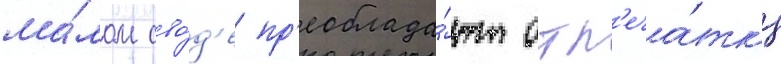
ма́лом сво́д'е пр'еоблада́ют отп'еча́тк'и